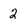
Character: 2